Annual administration report of the Civil Veterinary Department, Ajmere-Merwara, British Rajputana - 1914-1940
Year: 1914
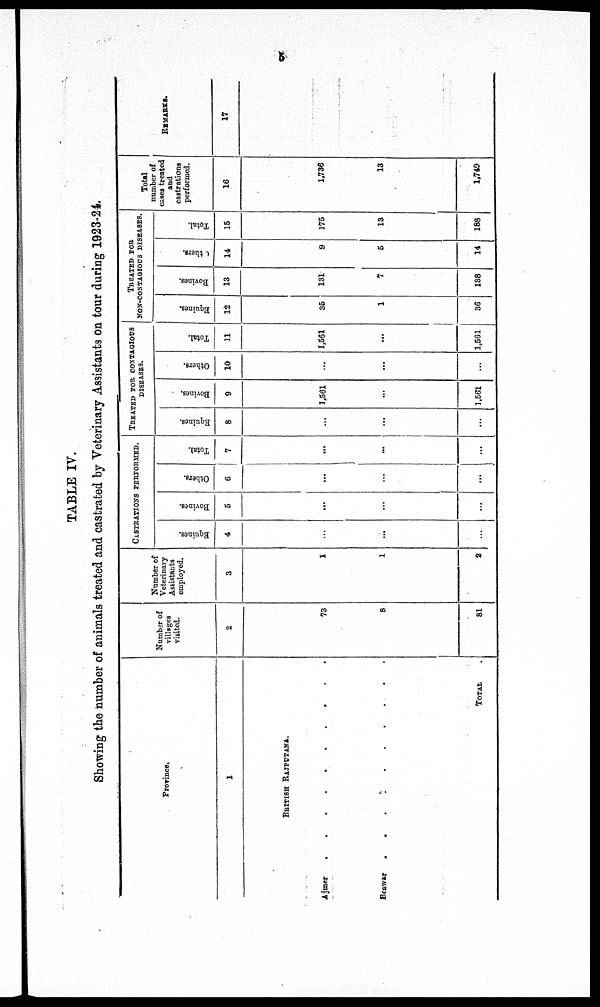
5
TABLE IV.
Showing the number of animals treated and castrated by Veterinary Assistants on tour during 1923-24.
Province.
1
BRITISH RAJPUTANA.
Ajmer
.
.
.
.
.
.
.
.
.
Beawar
.
.
.
.
.
.
.
.
TOTAL
.
Number of
villages
visited.
2
73
8
81
Number of
Veterinary
Assistants
employed.
3
1
1
2
CASTRATIONS PERFORMED.
Equines.
4
...
...
...
Bovines.
5
...
...
...
Others.
6
...
...
...
Total.
7
...
...
...
TREATED FOR CONTAGIOUS
DISEASES.
Equines.
8
...
...
...
Bovines.
9
1,561
...
1,561
Others.
10
...
...
...
Total.
11
1,561
...
1,561
TREATED FOR
NON-CONTAGIOUS DISEASES.
Equines.
12
35
1
36
Bovines.
13
131
7
138
thers.
14
9
5
14
Total.
15
175
13
188
Total
number of
cases treated
and
castrations
performed.
16
1,736
13
1,749
REMARKS.
17